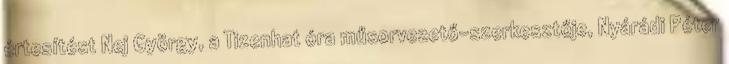
értesítést Nej György, a Tizenhat óra műsorvezető-szerkesztője, Nyárádi Péter